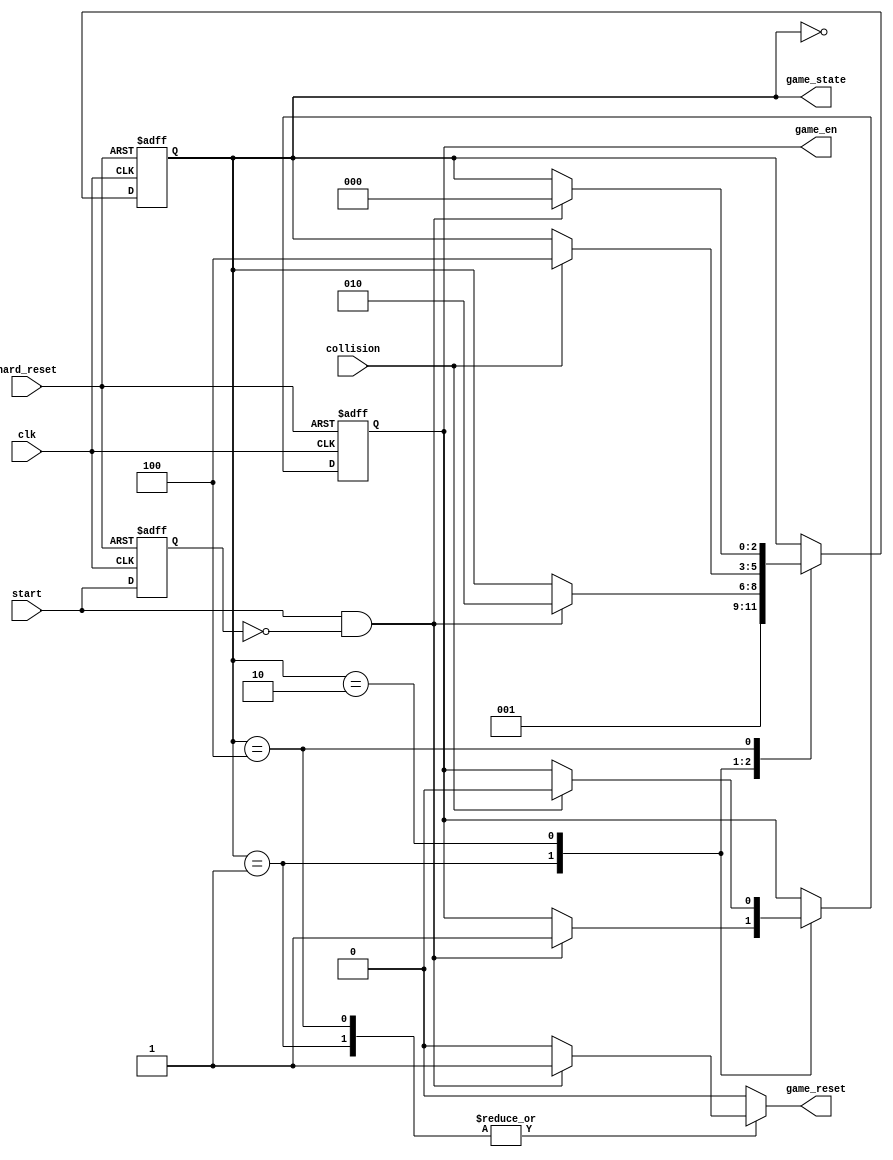
module game_state_machine
	(	
		input wire clk, hard_reset,   // clock and reset inputs for synchronous registers
		input wire start,             // start button signal input
        input wire collision,         // collision detection signal input
		output wire [2:0] game_state, // output game state machine's state
		output wire game_en,          // output signal asserted when game is in playing/hit states
		output reg game_reset         // output signal asserted to reset game mechanics modules (see use in display_top)
    );
	
	// positive edge detection for start button
	reg start_reg;
	wire start_posedge;
	
	// infer start signal register
	always @(posedge clk, posedge hard_reset)
		if(hard_reset)
			start_reg <= 0;
		else 
			start_reg <= start;
	
	// assert start_posedge on positive edge of start button signal
	assign start_posedge = start & ~start_reg;
	
	// symbolic state declarations
	localparam [2:0] init     = 3'b000,  // state to idle while controller signals settle
			 idle     = 3'b001,  // start screen 
		         playing  = 3'b010,  // playing
			     gameover = 3'b100;  // game over!
	
	reg [2:0] game_state_reg, game_state_next; // FSM state register
	reg game_en_reg, game_en_next;             // register for game enable signal
	
	// infer game state, timeout timer, hearts, and game enable register
	always @(posedge clk, posedge hard_reset)
		if(hard_reset)
			begin
			game_state_reg <= init;
			game_en_reg    <= 0;
			end
		else
			begin
			game_state_reg <= game_state_next;
			game_en_reg    <= game_en_next;
			end
	
	always @*
		begin
		// defaults 
		game_state_next = game_state_reg;
		game_en_next    = game_en_reg;
		game_reset = 0;
		
		case(game_state_reg)
			
			init:
					game_state_next = idle;           // go to idle game state
				
			idle:
				begin
				if(start_posedge)                     // player presses start button to begin game
					begin
					game_en_next = 1;                 // game_en signal asserted next
					game_reset   = 1;                 // assert reset game signal
					game_state_next = playing;        // next state is playing
					end
				end
			
			playing:
				if(collision)                         // if object collides with others while playing
				begin
						game_en_next = 0;             // disable game_en signal
						game_state_next = gameover;   // go to gameover state
				end
				
			gameover:                                 // gameover state
				if(start_posedge)                     // wait for player to press start button
				begin
					game_state_next = init;           // go to init state
					game_reset   = 1;                 // assert game_reset signal to reset all gameplay mechanics modules (see display_top)
				end
			endcase
			end
	
	// assign output signals
	assign game_state = game_state_reg;
	assign game_en = game_en_reg;

endmodule